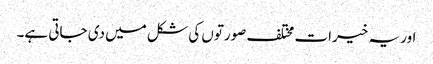
اور یہ خیرات مختلف صورتوں کی شکل میں دی جاتی ہے۔